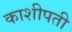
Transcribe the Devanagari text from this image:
काशीपती